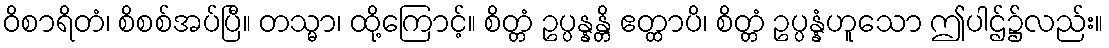
ဝိစာရိတံ၊ စိစစ်အပ်ပြီ။ တသ္မာ၊ ထို့ကြောင့်။ စိတ္တံ ဥပ္ပန္နန္တိ ဧတ္ထာပိ၊ စိတ္တံ ဥပ္ပန္နံဟူသော ဤပါဌ်၌လည်း။